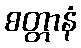
စတ္တာနံ